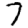
Digit: 7